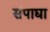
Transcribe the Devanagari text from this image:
संपाद्या